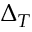
\Delta _ { T }